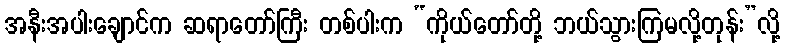
အနီးအပါးချောင်က ဆရာတော်ကြီး တစ်ပါးက “ကိုယ်တော်တို့ ဘယ်သွားကြမလို့တုန်း”လို့